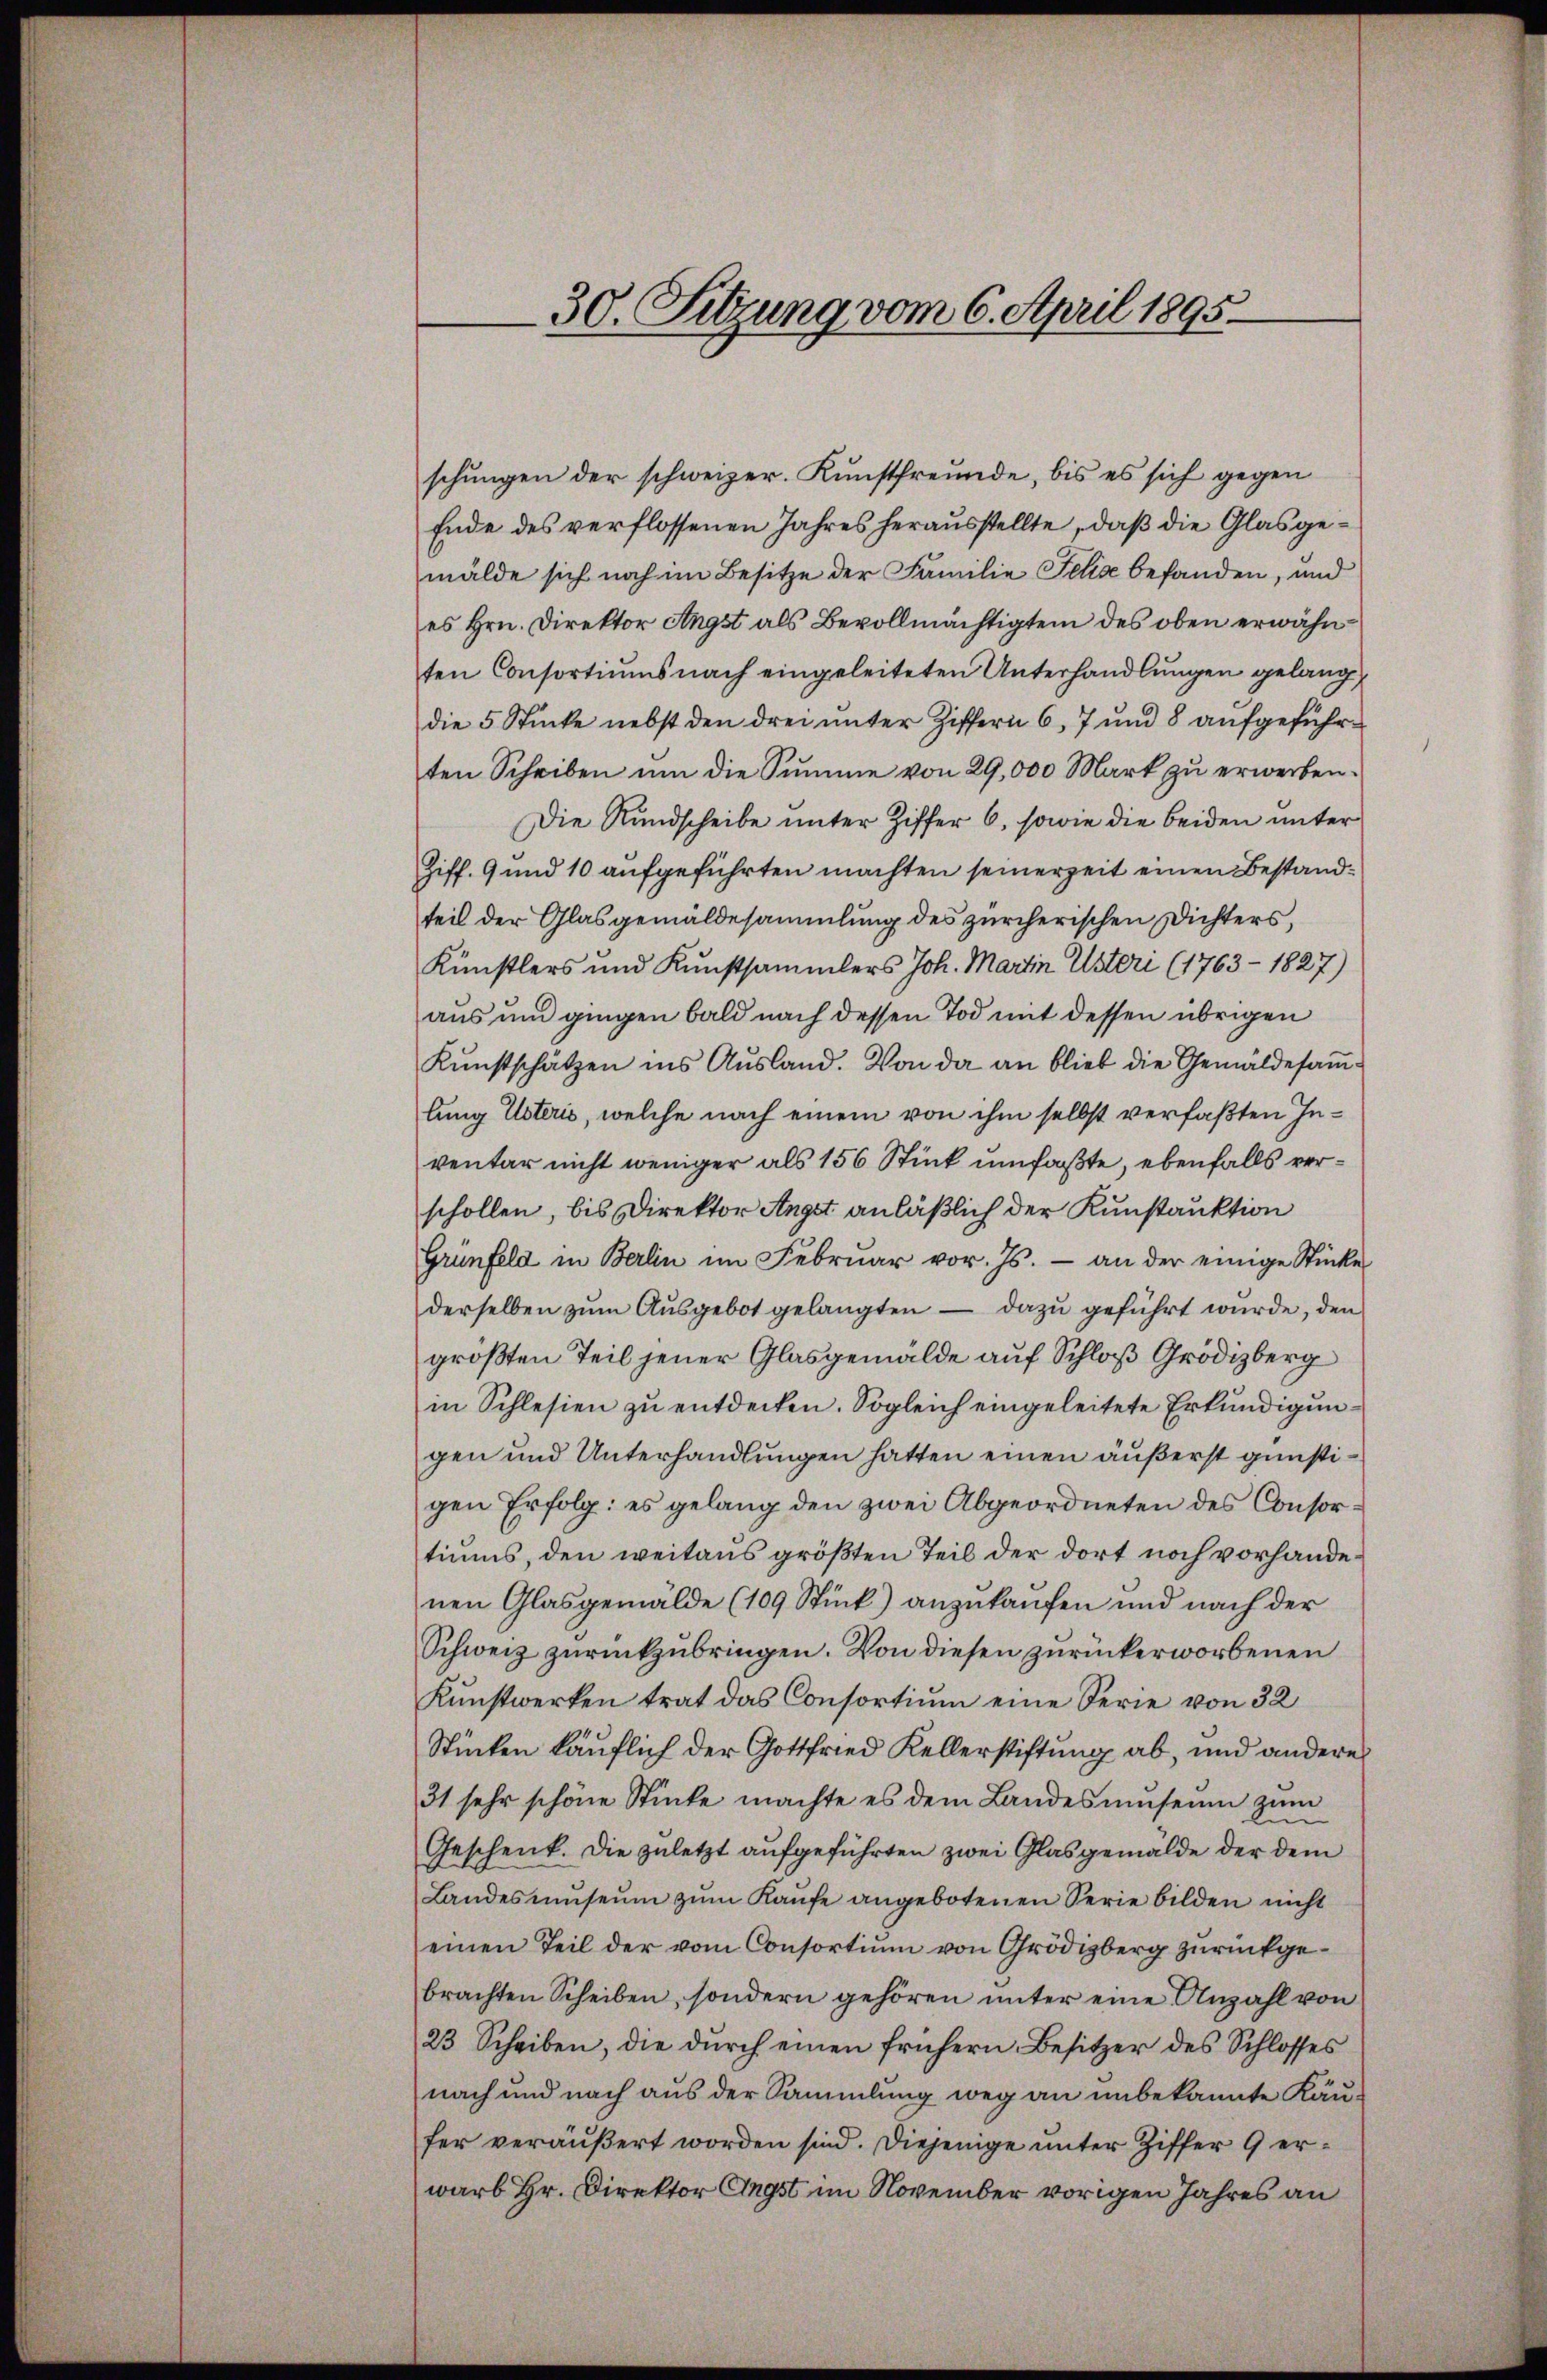
30. Sitzung vom 6. April 1895.

schungen der schweizer. Kunstfreunde, bis es sich gegen
Ende des verflossenen Jahres herausstellte, daß die Glasgemälde sich noch im Besitze der Familie Felise befanden, und
es Hrn. Direktor Angst als Bevollmächtigten des oben erwähnten Consortiŭms nach eingeleiteten Unterhandlŭngen gelang,
die 5 Stücke nebst den drei unter Ziffern 6, 7 und 8 aufgeführten Scheiben ŭm die Summe von 29,000 Mark zu erwerben.
Die Rundscheibe unter Ziffer 6, sowie die beiden unter
Ziff. 9 und 10 aufgeführten machten seinerzeit einen Bestandteil der Glasgemäldesammlung des zürcherischen Dichters,
Künstlers und Kunstsammlers Joh. Martin Usteri (1763 - 1827)
aus und gingen bald nach dessen Tod mit dessen übrigen
Kunstschätzen ins Ausland. Von da an blieb die Gemäldesamlung Usteris, welche nach einem von ihm selbst verfaßten Inventar nicht weniger als 156 Stück umfaßte, ebenfalls verschollen, bis Direktor Angst anläßlich der Kunstruktion
Grünfeld in Berlin im Febrŭar vor. Js. an der einige Stücke
derselben zum Ausgebot gelangten — dazu geführt wurde, den
größten Teil jener Glasgemälde auf Schloß Grödizberg
in Schlesien zu entdecken. Sogleich eingeleitete Erkundigungen und Unterhandlungen hatten einen äußerst günstigen Erfolg: es gelang den zwei Abgeordneten des Consortiums, den weitaus größten Teil der dort noch vorhandenen Glasgemälde (109 Stück) anzukaufen und nach der
Schweiz zurückzubringen. Von diesen zurückerworbenen
Kunstwerken trat das Consortium eine Serie von 32
Stücken käuflich der Gottfried Kellerstiftung ab, und anderes
31 sehr schöne Stücke machte es dem Landesmuseum zum
Geschenk. Die zuletzt aufgeführten zwei Glasgemälde der dem
Landesŭmseŭm zŭm Kaŭfe angebotenen Serie bilden nicht
einen Teil der vom Consortium von Grödigberg zurückgebrachten Scheiben, sondern gehören unter eine Anzahl von
23 Scheiben, die durch einen frühern Besitzer des Schlosses
nach und nach aus der Sammlung weg an unbekannte Käufer veräußert worden sind. Diejenige unter Ziffer 9 erwarb Hr. Direktor Engst im November vorigen Jahres an